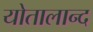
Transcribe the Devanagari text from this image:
योतालान्द